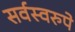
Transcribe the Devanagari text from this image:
सर्वस्वरुपे